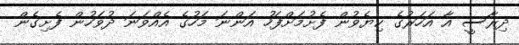
ދިރާސީ އާ އަހަރުގެ ކިޔެވުން ފެށުމަށްފަހު އަންނަ މަހުގެ އެއްވަނަ ދުވަހުން ފެށިގެން